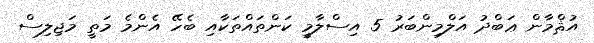
އުޘްމާން ޢަބްދު އަލްމިންބަރު 5 އިސްލާމީ ކަންތައްތަކާއި ބެހޭ އެންމެ މަތީ މަޖިލިސް